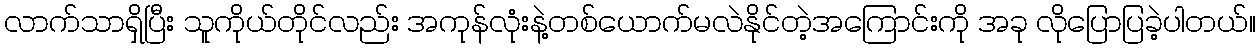
လာက်သာရှိပြီး သူကိုယ်တိုင်လည်း အကုန်လုံးနဲ့တစ်ယောက်မလဲနိုင်တဲ့အကြောင်းကို အခု လိုပြောပြခဲ့ပါတယ်။